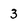
Character: 3